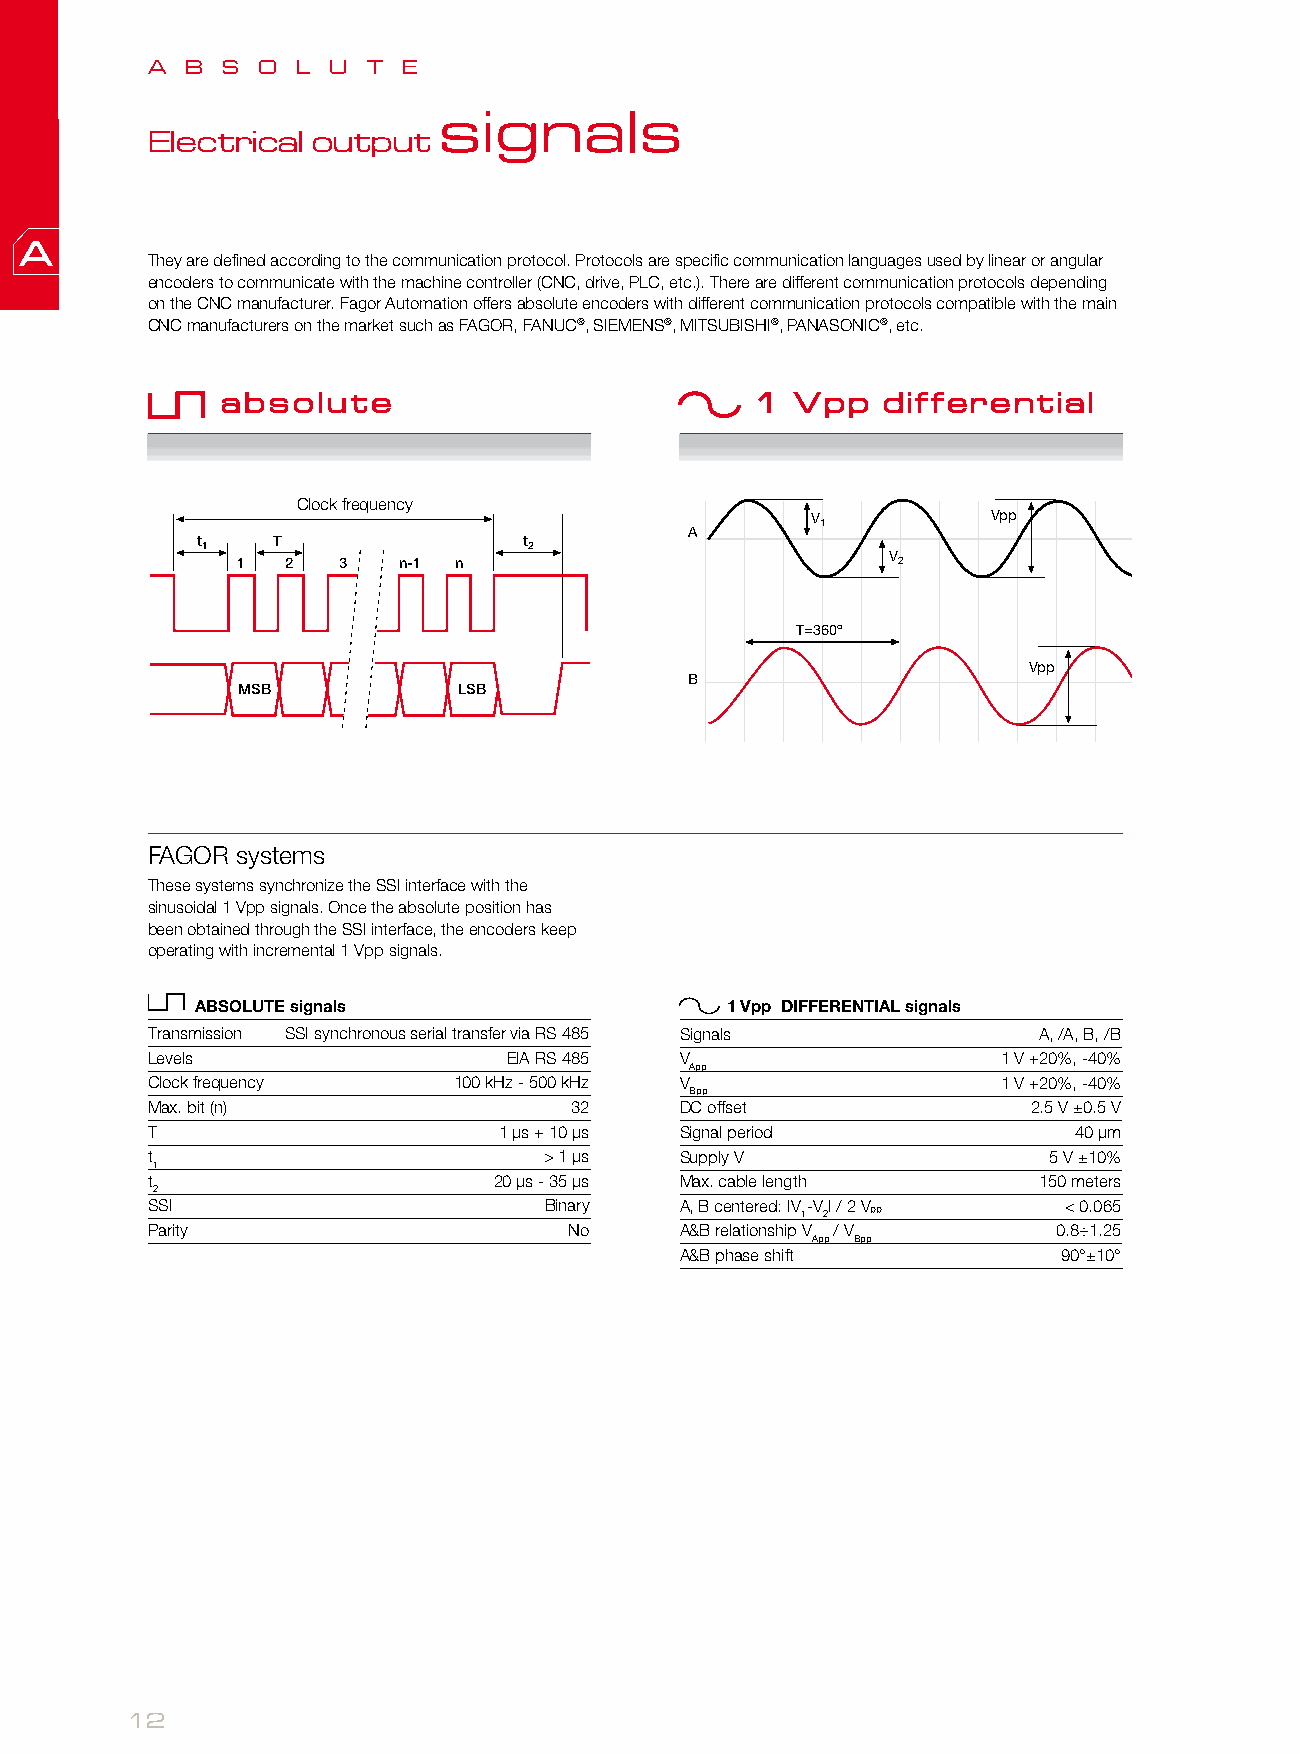
A B  S O  L U T  E
 signals
 Electrical output
 They are defined according to the communication protocol. Protocols are specific communication languages used by linear or angular
 encoders to communicate with the machine controller (CNC, drive, PLC, etc.). There are different communication protocols depending
 on the CNC manufacturer. Fagor Automation offers absolute encoders with different communication protocols compatible with the main
 CNC manufacturers on the market such as FAGOR, FANUC®, SIEMENS®, MITSUBISHI®, PANASONIC®, etc.
 absolute                           1  Vpp  differential
 Clock frequency
 V1          Vpp
 A
 t1   T                t2
 1  2  3   n-1 n
 V2
 T=360º
 Vpp
 B
 MSB           LSB
 FAGOR systems
 These systems synchronize the SSI interface with the
 sinusoidal 1 Vpp signals. Once the absolute position has
 been obtained through the SSI interface, the encoders keep
 operating with incremental 1 Vpp signals.
 ABSOLUTE signals                   1 Vpp DIFFERENTIAL signals
 Transmission SSI synchronous serial transfer via RS 485 Signals A, /A, B, /B
 Levels                  EIA RS 485 V                    1 V +20%, -40%
 App
 Clock frequency     100 kHz - 500 kHz V                 1 V +20%, -40%
 Bpp
 Max. bit (n)                32     DC offset              2.5 V ±0.5 V
 T                      1 µs + 10 µs Signal period            40 µm
 t                         > 1 µs   Supply V                5 V ±10%
 1
 t                      20 µs - 35 µs Max. cable length     150 meters
 2
 SSI                       Binary   A, B centered: |V 1-V 2| / 2 Vpp < 0.065
 Parity                      No     A&B relationship V / V   0.8÷1.25
 App Bpp
 A&B phase shift          90°±10°
 12